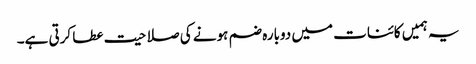
یہ ہمیں کائنات میں دوبارہ ضم ہونے کی صلاحیت عطا کرتی ہے۔